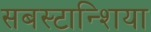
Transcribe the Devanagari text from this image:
सबस्टान्शिया